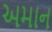
અમાન